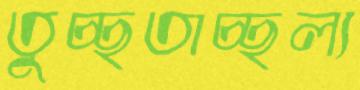
তুচ্ছতাচ্ছল্য